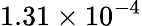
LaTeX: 1.31\times 10^{-4}